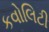
કવોલિટી